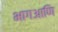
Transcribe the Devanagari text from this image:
भागआणि